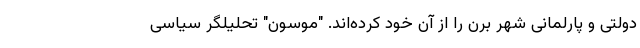
دولتی و پارلمانی شهر برن را از آن خود کرده‌اند. "موسون" تحلیلگر سیاسی